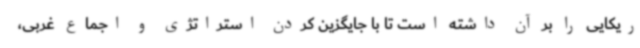
ریکایی را بر آن داشته است تا با جایگزین کردن استراتژی و اجماع غربی،